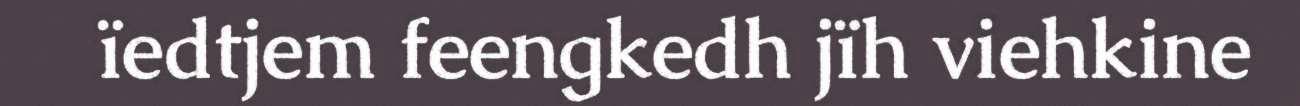
ïedtjem feengkedh jïh viehkine